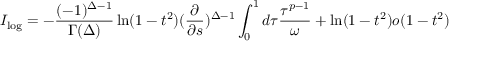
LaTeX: I _ { \log } = - \frac { ( - 1 ) ^ { \Delta - 1 } } { \Gamma ( \Delta ) } \ln ( 1 - t ^ { 2 } ) ( \frac { \partial } { \partial s } ) ^ { \Delta - 1 } \int _ { 0 } ^ { 1 } d \tau \frac { \tau ^ { p - 1 } } { \omega } + \ln ( 1 - t ^ { 2 } ) o ( 1 - t ^ { 2 } )